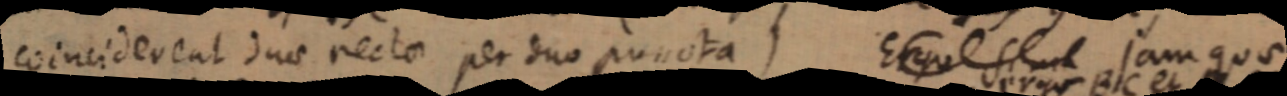
coinciderent duo rectae per duo puncta) Ergo sint jam quae